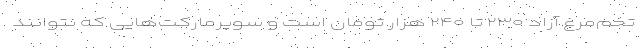
تخم‌مرغ آزاد ۲۳۰ تا ۲۴۰ هزار تومان است و سوپرمارکت‌هایی که نتوانند